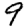
Digit: 9